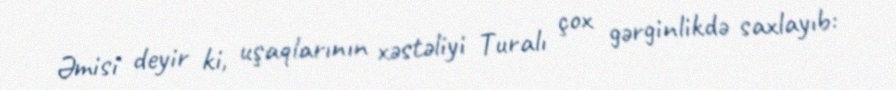
Əmisi deyir ki, uşaqlarının xəstəliyi Turalı çox gərginlikdə saxlayıb: